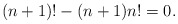
\begin{align*} (n+1)! - (n+1)n! = 0. \end{align*}